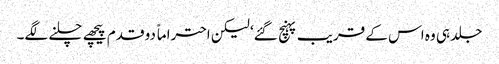
جلد ہی وہ اس کے قریب پہنچ گئے‘ لیکن احتراماً دو قدم پیچھے چلنے لگے۔